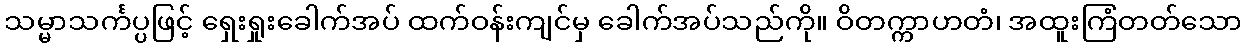
သမ္မာသင်္ကပ္ပဖြင့် ရှေးရှုးခေါက်အပ် ထက်ဝန်းကျင်မှ ခေါက်အပ်သည်ကို။ ဝိတက္ကာဟတံ၊ အထူးကြံတတ်သော